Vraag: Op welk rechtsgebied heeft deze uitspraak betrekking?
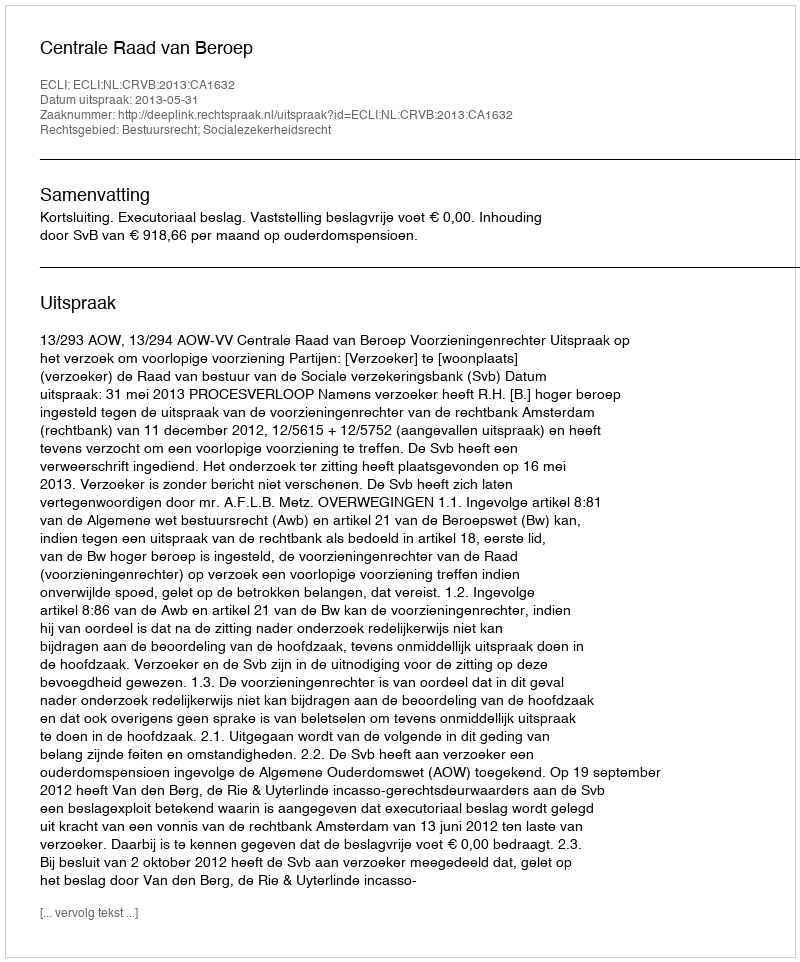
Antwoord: Bestuursrecht; Socialezekerheidsrecht